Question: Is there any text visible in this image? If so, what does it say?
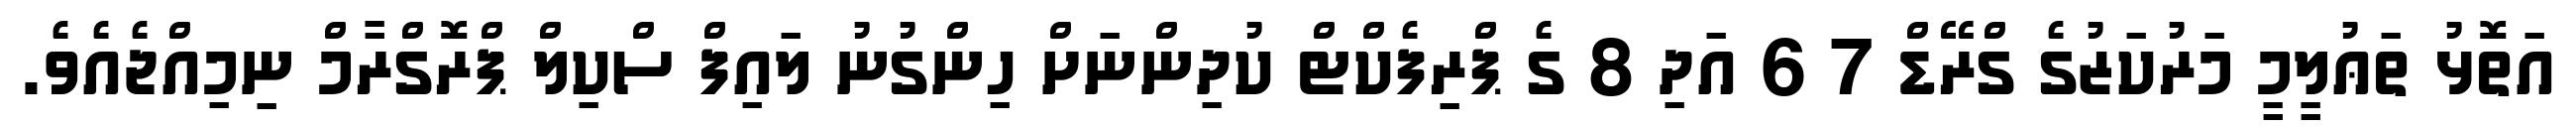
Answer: އަތޮޅު ތަޢުލީމީ މަރުކަޒުގެ ގްރޭޑް 7 6 އަދި 8 ގެ ޕްރިފެކްޓް ކުދިންނަށް ހިންގުނު ލައިފް ސްކިލް ޕްރޮގްރާމް ނިމިއްޖެއެވެ.